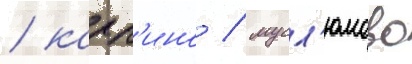
/ карп'ино / мусл'юмово